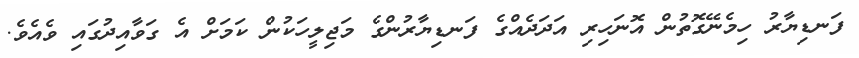
ފަނޑިޔާރު ހިމެނޭގޮތުން އޮނަހިރި އަދަދެއްގެ ފަނޑިޔާރުންގެ މަޖިލީހަކުން ކަމަށް އެ ގަވާއިދުގައި ވެއެވެ.